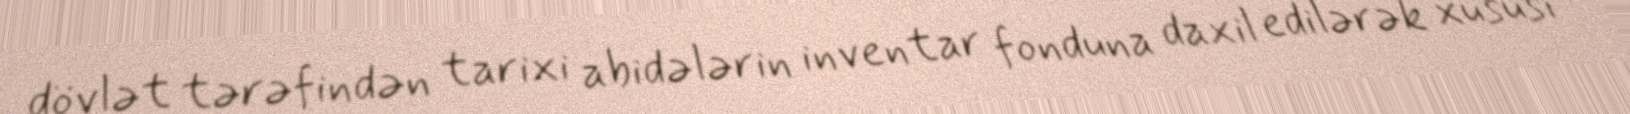
dövlət tərəfindən tarixi abidələrin inventar fonduna daxil edilərək xüsusi